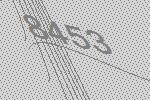
8453